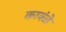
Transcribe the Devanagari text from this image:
काबंळे